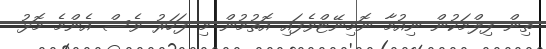
ތިން ފިލްމަކުން ނިއުމާ ނޮމިނޭޓްވެފައި އޮތުމުން މި ފަހަރު ވެސް އެންމެ މޮޅު